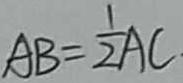
A B = \frac { 1 } { 2 } A C